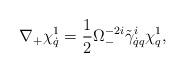
LaTeX: \begin{align*}\nabla_+\chi^1_{\dot q}=\frac12\Omega^{-2i}_-\tilde\gamma^i_{\dot qq}\chi^1_q,\end{align*}